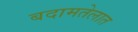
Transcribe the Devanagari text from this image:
बदामतेलात